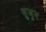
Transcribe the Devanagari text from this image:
सुजून